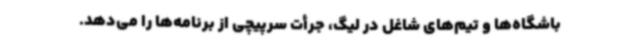
باشگاه‌ها و تیم‌های شاغل در لیگ، جرأت سرپیچی از برنامه‌ها را می‌دهد.